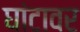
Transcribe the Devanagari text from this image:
घांटावर